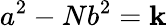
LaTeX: a^{2}-Nb^{2}=\mathbf{k}